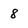
Character: 8